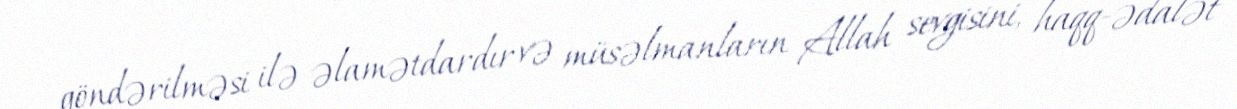
göndərilməsi ilə əlamətdardır və müsəlmanların Allah sevgisini, haqq-ədalət